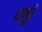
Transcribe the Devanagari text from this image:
धत्‍तूरे